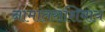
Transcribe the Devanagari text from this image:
नामांतराशिवाय